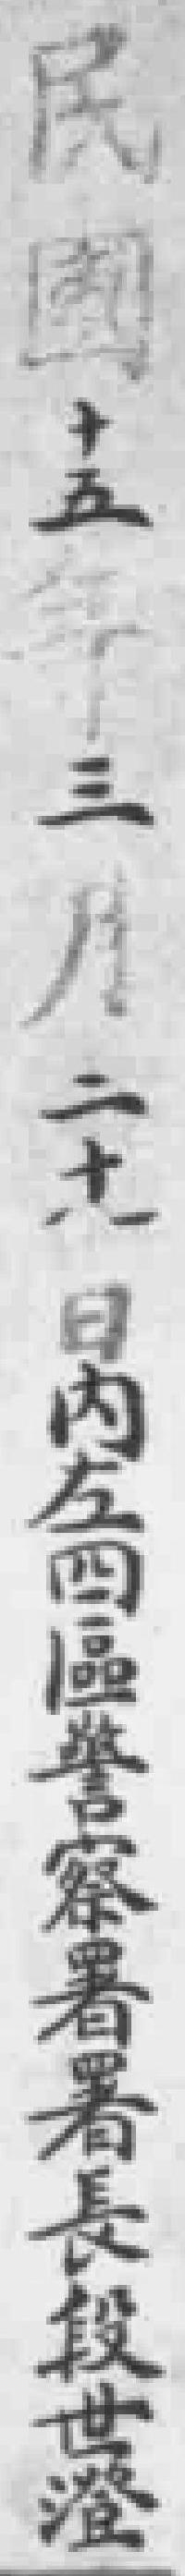
民國十五年三月二十*日內左四區察署署長段世澄